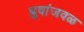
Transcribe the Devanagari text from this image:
ध्रुवांजवळ